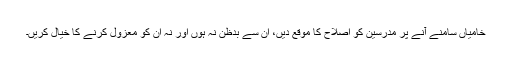
خامیاں سامنے آنے پر مدرسین کو اصلاح کا موقع دیں، ان سے بدظن نہ ہوں اور نہ ان کو معزول کرنے کا خیال کریں۔